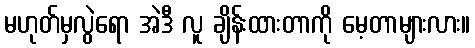
မဟုတ်မှလွဲရော အဲဒီ လူ ချိန်းထားတာကို မေ့တာများလား။